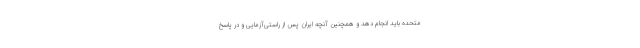
متحده باید انجام دهد و همچنین آنچه ایران پس از راستی‌آزمایی و در پاسخ